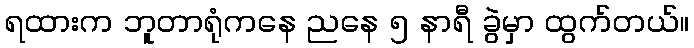
ရထားက ဘူတာရုံကနေ ညနေ ၅ နာရီ ခွဲမှာ ထွက်တယ်။